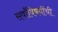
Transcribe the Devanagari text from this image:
सर्वांविषयींची